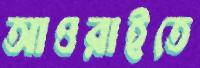
আওরাইতে